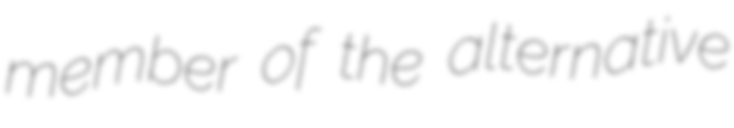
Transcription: member of the alternative